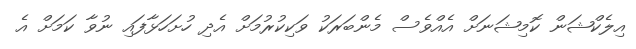
އިލެކްޝަން ކޮމިޝަނަށް އެއްވެސް މެންބަރަކު ވަކިކުރުމަށް އެދި ހުށަހަޅާފައި ނުވާ ކަމަށް އެ